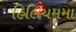
હિલિયમમા